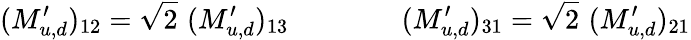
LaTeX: (M_{u,d}^{\prime})_{12}=\sqrt 2\, \, (M_{u,d}^{\prime})_{13}\qquad\qquad(M_{u,d}^{\prime})_{31}=\sqrt 2\, \, (M_{u,d}^{\prime})_{21}